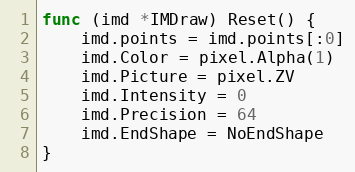
Language: Go
func (imd *IMDraw) Reset() {
	imd.points = imd.points[:0]
	imd.Color = pixel.Alpha(1)
	imd.Picture = pixel.ZV
	imd.Intensity = 0
	imd.Precision = 64
	imd.EndShape = NoEndShape
}